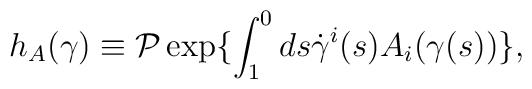
h_{A}(\gamma)\equiv {\cal P}\exp\{\int_{1}^{0}ds\dot{\gamma}^{i}(s)                                            A_{i}(\gamma(s))\},